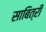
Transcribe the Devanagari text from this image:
साबित्री